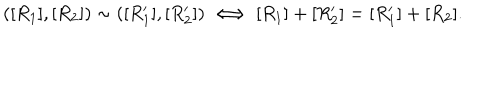
( [ R _ { 1 } ] , [ R _ { 2 } ] ) \sim ( [ R _ { 1 } ^ { \prime } ] , [ R _ { 2 } ^ { \prime } ] ) \, \Longleftrightarrow \, [ R _ { 1 } ] + [ R _ { 2 } ^ { \prime } ] = [ R _ { 1 } ^ { \prime } ] + [ R _ { 2 } ] .